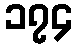
၁၇၄